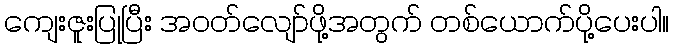
ကျေးဇူးပြုပြီး အဝတ်လျော်ဖို့အတွက် တစ်ယောက်ပို့ပေးပါ။